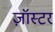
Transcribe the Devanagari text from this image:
ज़ॉस्टर